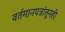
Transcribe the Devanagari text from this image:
वर्तमानपत्रांतूनही